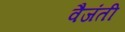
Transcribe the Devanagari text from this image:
वैजंती